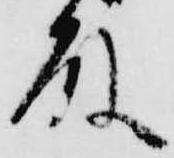
殿